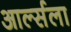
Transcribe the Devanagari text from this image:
आर्ल्सला